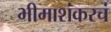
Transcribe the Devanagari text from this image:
भीमाशंकरचं